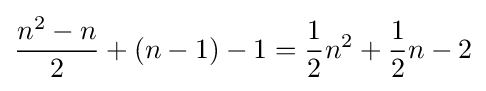
{{n^{2}-n} \over 2}+(n-1)-1={1 \over 2}n^{2}+{1 \over 2}n-2